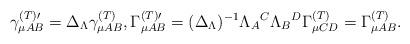
LaTeX: \begin{align*}\gamma _{\mu AB}^{{\footnotesize (T)}\prime }{}=\Delta _{{\small \Lambda }}\gamma _{\mu AB}^{{\footnotesize (T)}}{},\Gamma _{\mu AB}^{{\footnotesize (T)}\prime }{}=(\Delta _{{\small \Lambda }})^{-1}\Lambda_{A}{}^{C}\Lambda _{B}{}^{D}\Gamma _{\mu CD}^{{\footnotesize (T)}}{}=\Gamma_{\mu AB}^{{\footnotesize (T)}}{}. \end{align*}